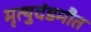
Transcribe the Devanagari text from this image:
मृत्युदंडमौत